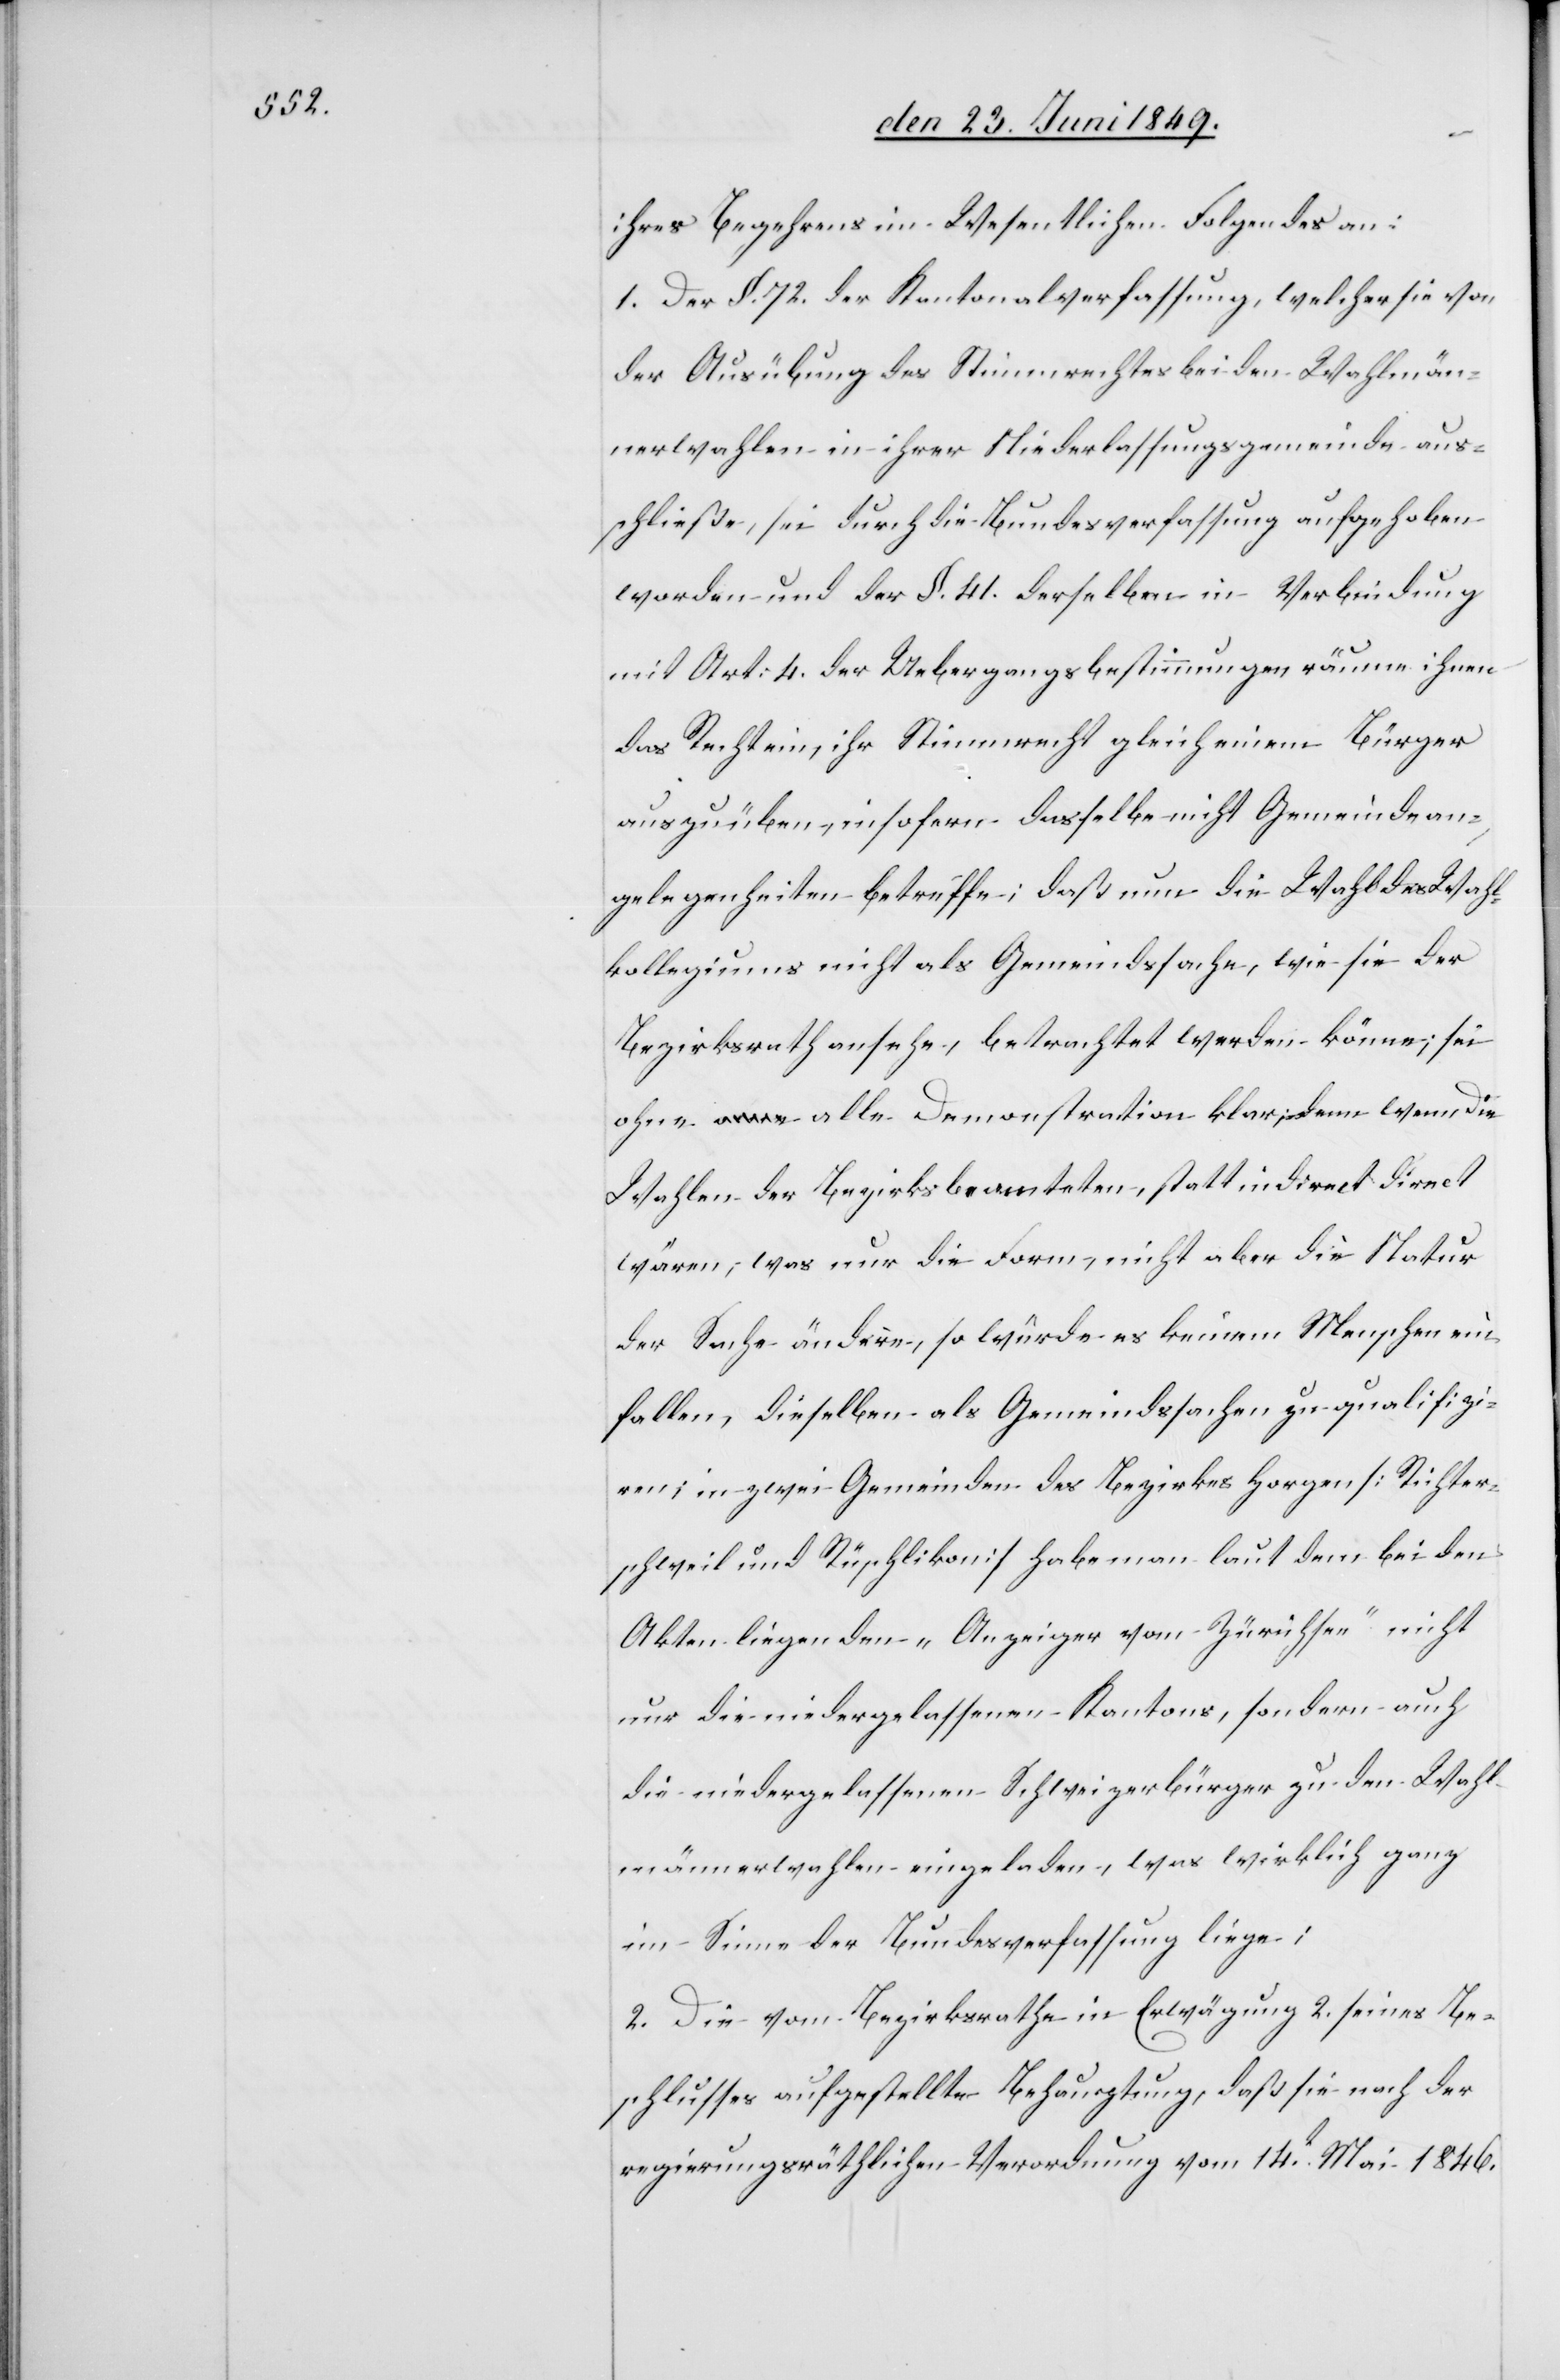
ihres Begehrens im Wesentlichen Folgendes an:
1. Der §. 72. der Kantonalverfassung, welcher sie von
der Ausübung des Stimmrechtes bei den Wahlmän¬
nerwahlen in ihrer Niederlassungsgemeinde aus¬
schließe, sei durch die Bundesverfassung aufgehoben
worden und der §. 41. derselben in Verbindung
mit Art: 4. der Uebergangsbestimmungen räume ihnen
das Recht ein, ihr Stimmrecht gleich einem Bürger
auszuüben, insofern dasselbe nicht Gemeindean¬
gelegenheiten betreffe; daß nun die Wahl des Wahl¬
kollegiums nicht als Gemeindssache, wie sie der
Bezirksrath ansehe, betrachtet werden könne; sei
ohne alle Demonstration klar; denn wenn die
Wahlen der Bezirksbeamteten, statt indirect direct
wären, was nur die Form, nicht aber die Natur
der Sache ändere, so würde es keinem Menschen ein¬
fallen, dieselben als Gemeindssachen zu qualifizi¬
ren; in zwei Gemeinden des Bezirks Horgen [Richter¬
schweil und Rüschlikon] habe man laut dem bei den
Akten liegenden „Anzeiger vom Zürichsee“ nicht
nur die niedergelassenen Kantons, sondern auch
die niedergelassenen Schweizerbürger zu den Wahl¬
männerwahlen eingeladen, was wirklich ganz
im Sinne der Bundesverfassung liege;
2. Die vom Bezirksrathe in Erwägung 2. seines Be¬
schlusses aufgestellte Behauptung, daß sie nach der
regierungsräthlichen Verordnung vom 14t Mai 1846.